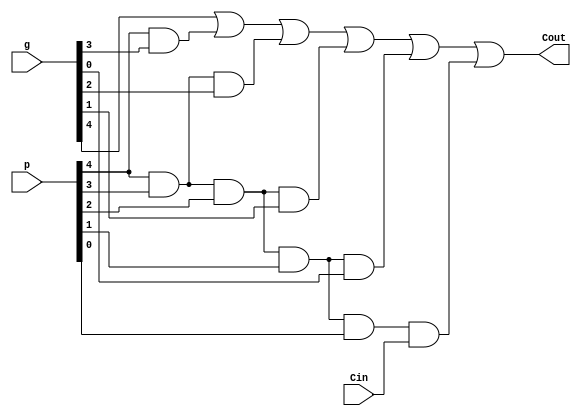
`timescale 1ns / 1ps
module Carry_Block_5(
    output Cout,
    input [5:0] p,
    input [5:0] g,
    input Cin
    );
assign Cout = g[4] | (p[4]&g[3])| (p[4]&p[3]&g[2]) | (p[4]&p[3]&p[2]&g[1]) | (p[4]&p[3]&p[2]&p[1]&g[0]) | (p[4]&p[3]&p[2]&p[1]&p[0]&Cin);


endmodule